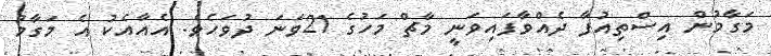
މަގާމުން އިސްތިއުފާ ދެއްވާފައިވަނީ މާޗް މަހުގެ 21ވަނަ ދުވަހެވެ. އެއާއެކު އެ މަގާމު